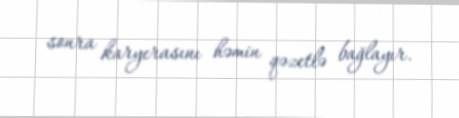
sonra karyerasını həmin qəzetlə bağlayır.